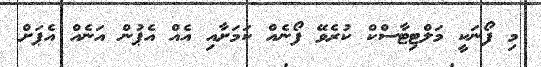
މި ފޯނަކީ މަލްޓިޓާސްކް ކުރެވޭ ފޯނެއް ކަމަށާއި އެއް އެޕުން އަނެއް އެޕަށް